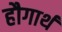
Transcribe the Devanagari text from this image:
हौगार्थ